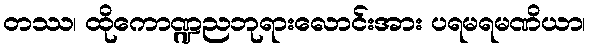
တဿ၊ ထိုကောဏ္ဍညဘုရားလောင်းအား ပရမရမဏိယာ၊